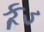
કૂડ